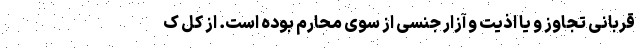
قربانی تجاوز و یا اذیت و آزار جنسی از سوی محارم بوده است. از کل ک